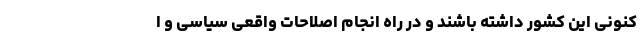
کنونی این کشور داشته باشند و در راه انجام اصلاحات واقعی سیاسی و ا